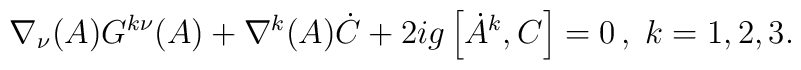
\nabla_{\nu}(A)G^{k\nu}(A) + \nabla^{k}(A)\dot{C} + 2ig \left [ \dot{A}^{k}, C \right ] = 0\,,\; k =1,2,3.